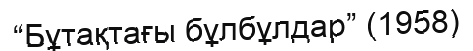
“Бұтақтағы бұлбұлдар” (1958)